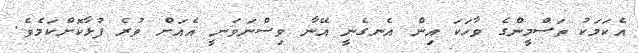
އެކަމަކު ތަސްމީންގެ ވާހަކަ އިން އެނގެނީ އޭނާ ވިސްނަވަނީ އެއަށް ވުރެ ފުޅާކޮށްކަމެވެ.